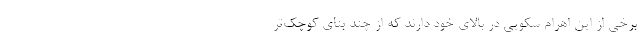
برخی از این اهرام سکویی در بالای خود دارند که از چند بنای کوچک‌تر